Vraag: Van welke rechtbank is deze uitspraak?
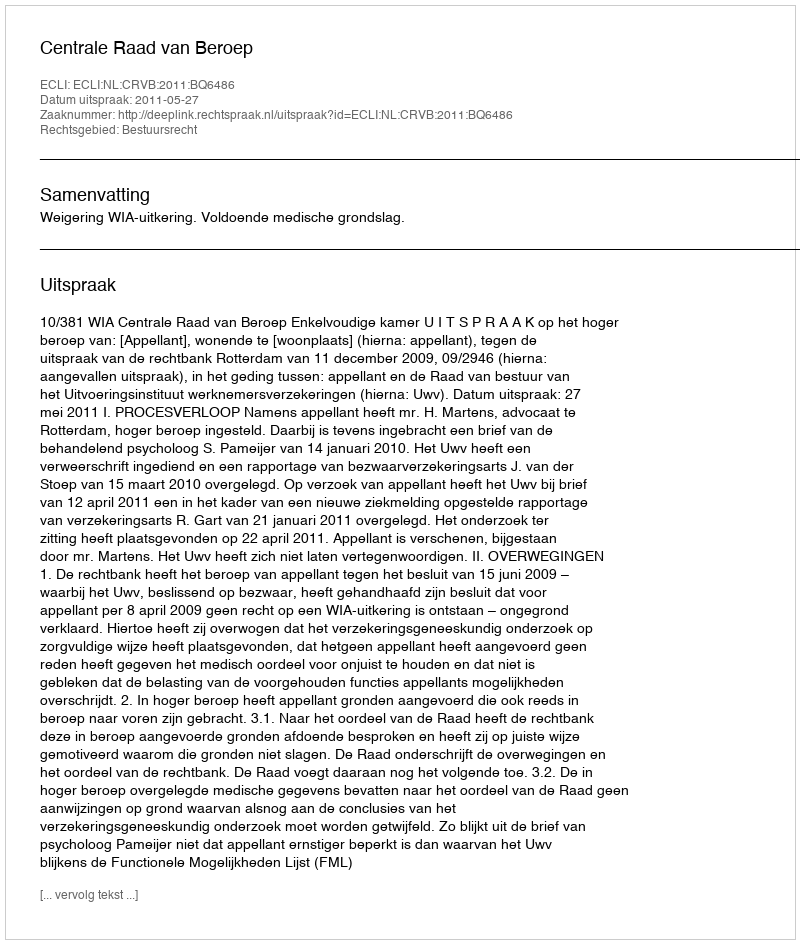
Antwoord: Centrale Raad van Beroep